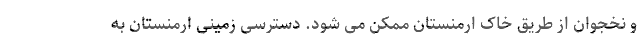
و نخجوان از طریق خاک ارمنستان ممکن می شود. دسترسی زمینی ارمنستان به